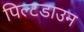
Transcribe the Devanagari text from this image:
पिल्टडाउन